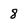
Character: 8